system: You are a helpful assistant.
user:
Analyze the provided spectrum to determine if it is a **White Dwarf (WD)**.

A White Dwarf spectrum is defined by its **extreme purity** (due to gravitational settling) and/or **extreme pressure broadening** (due to high surface gravity). You must check for one of the following mutually exclusive signatures:

- **Key Visual Indicators (Check for ONE of these types):**

    - **1. DA-Type Signature (Most Common):**
        - **(Primary Feature):** Extreme pressure broadening (Stark broadening) of the **Hydrogen (H) Balmer lines**.
        - **(Key Lines):** $H\beta$ (approx. $4861$ Å) and $H\gamma$ (approx. $4340$ Å). $H\alpha$ (approx. $6563$ Å) will also be present if the wavelength range covers it.
        - **(Line Profile):** This is the **defining feature**. The lines are **NOT** sharp. They appear as massive, **extremely broad and deep "troughs" or "dips"** in the spectrum, often hundreds of Ångströms wide. The continuum will appear to "scoop" down at these wavelengths.
        - **(Distinction):** Normal A-type or B-type stars have *narrow* and *sharp* Hydrogen lines. A DA White Dwarf's lines are unmistakably "smeared" or "blurry" from pressure.

    - **2. DB-Type Signature:**
        - **(Primary Feature):** Broad absorption lines from **Neutral Helium (He I)**. The spectrum must lack any visible Hydrogen lines.
        - **(Key Lines):** Look for broad absorption near $4471$ Å, $4921$ Å, and $5876$ Å.
        - **(Line Profile):** These lines are also significantly pressure-broadened, appearing much wider than they would in a normal B-type main-sequence star.

    - **3. DC-Type Signature:**
        - **(Primary Feature):** A **featureless continuous spectrum**.
        - **(Line Profile):** The spectrum is a smooth curve with **no significant absorption or emission lines**.
        - **(Key Confirmation):** The continuum is almost always **blue or white**, indicating a hot object. This signature implies the atmosphere is so pure (or so cool) that no spectral lines are visible in the optical range. Its WD identity is confirmed by its extremely low intrinsic brightness (high absolute magnitude).

    - **4. DZ-Type Signature (Metal-Polluted):**
        - **(Primary Feature):** **Isolated, narrow metal absorption lines** on an otherwise featureless (DC-like) continuum.
        - **(Key Lines):** The **Calcium (Ca II) H & K doublet** (approx. **$3934$ Å** and **$3968$ Å**) is the most common and defining feature.
        - **(Line Profile):** These lines are "out of place." They are *not* part of a "forest" of thousands of lines. This signature is evidence of recent *accretion* (pollution) from rocky debris.
        - **(Distinction):** Normal G/K/M stars have a *dense forest* of thousands of metal lines. A DZ has a *clean* continuum with *only a few* strong metal lines.

    - **5. DQ-Type Signature (Carbon-Polluted):**
        - **(Primary Feature):** Absorption bands from **Carbon (C₂ "Swan Bands" or atomic C I)**.
        - **(Key Lines - C₂):** Look for bandheads with a "saw-tooth" shape near $5635$ Å, **$5165$ Å** (strongest), and $4737$ Å.
        - **(Key Confirmation):** The underlying **continuum must be blue or white** (hot).
        - **(Distinction):** This is the critical difference from a **Carbon Star**, which has the *exact same* C₂ bands but on an extremely **red, cool** continuum.

- **(Overall Spectrum):**
    - The continuum (overall shape) is typically **blue-sloping** (brighter in the blue than the red), as most white dwarfs are very hot.
    - The spectrum will look "pure" or "simple," dominated by only *one* of the five signatures listed above.

Think first, call **spectral_visualization_tool** if needed to examine features in detail, then provide your final answer. Your response must adhere to the following strict rules:
1.  **Overall Structure:** Your response must follow the format `<think>...</think> <tool_call>...</tool_call> (if a tool is used) <answer>...</answer>`.
2.  **Tool Usage Constraint:** You may only make **one** tool call per turn.
3.  **Final Answer Format:** In the `<answer>` tag, your conclusion must be inside a `\boxed{}` command (e.g., `\boxed{YES}` or `\boxed{NO}`), followed by your justification.

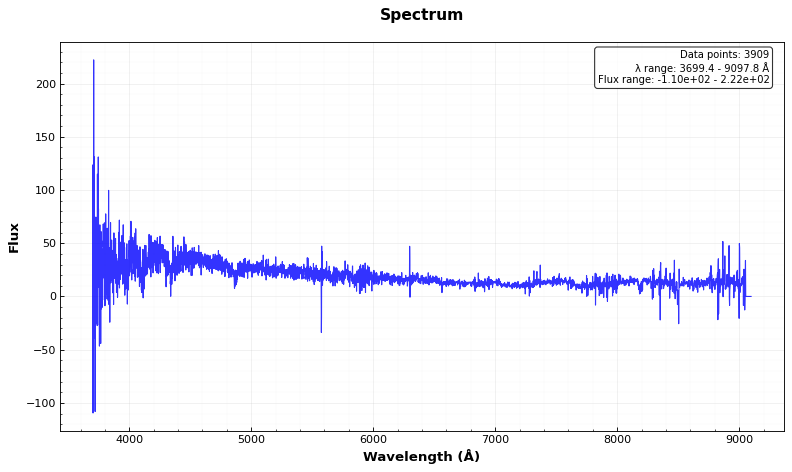
Answer: YES